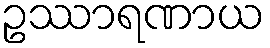
ဥဿာရဏာယ